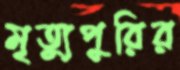
মৃত্যুপুরির